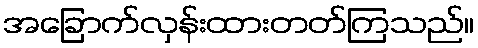
အခြောက်လှန်းထားတတ်ကြသည်။